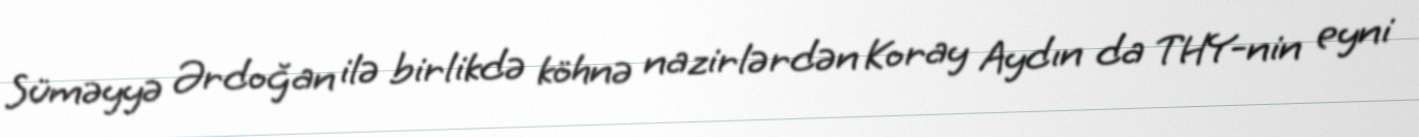
Süməyyə Ərdoğan ilə birlikdə köhnə nazirlərdən Koray Aydın da THY-nin eyni